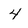
Character: 4